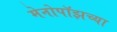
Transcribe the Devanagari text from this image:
मेनोपॉझच्या